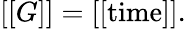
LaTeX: [[G]]=[[\mathrm{time}]].